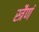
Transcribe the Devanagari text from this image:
स्त्रैणं